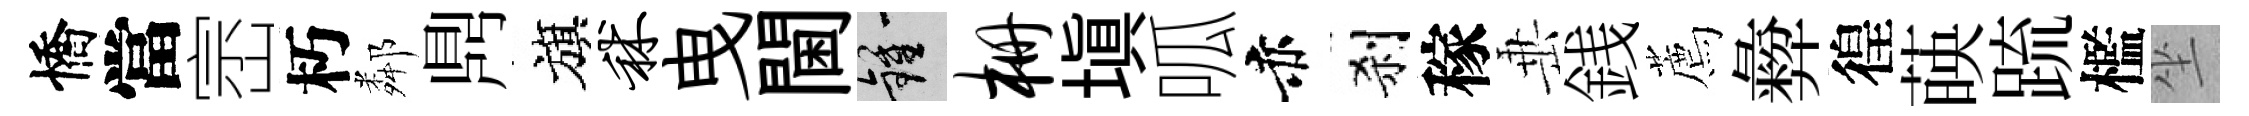
憍當崈朽鄰𪔂旗秫曳閫鍾栅塡呱赤刹稼𡸁銭薦彜徨𦴤䟽檻坐